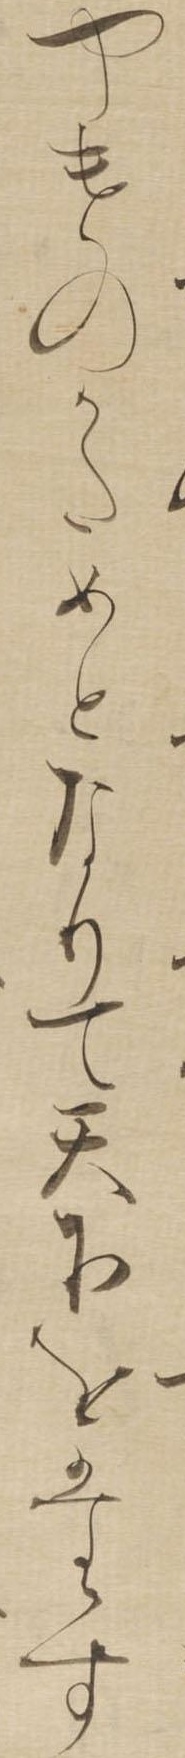
やけのかためとなりて天下をたす